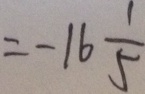
= - 1 6 \frac { 1 } { 5 }